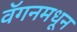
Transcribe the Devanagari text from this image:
वॅगनमधून